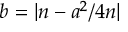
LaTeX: b = | n - a ^ { 2 } / 4 n |